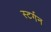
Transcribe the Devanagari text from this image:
स्टर्गन